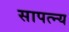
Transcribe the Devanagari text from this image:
सापत्न्य